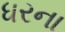
ધરના